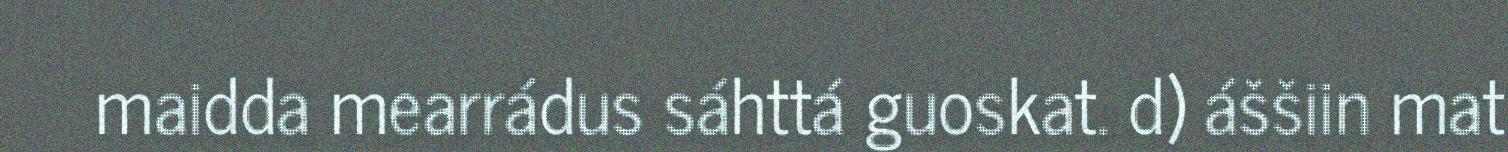
maidda mearrádus sáhttá guoskat. d) áššiin mat